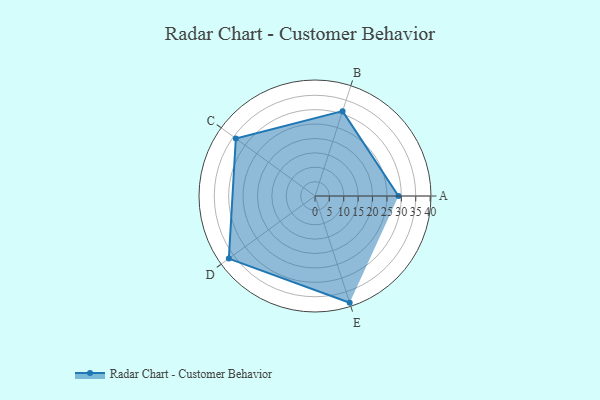
{"axis": {"x": "Skill", "y": "Score"}, "legend": ["Profile"], "data": [{"x": "A", "y": 29.0, "type": "Profile"}, {"x": "B", "y": 31.0, "type": "Profile"}, {"x": "C", "y": 34.0, "type": "Profile"}, {"x": "D", "y": 37.0, "type": "Profile"}, {"x": "E", "y": 39.0, "type": "Profile"}]}